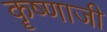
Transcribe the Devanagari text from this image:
कॄष्‍णाजी